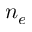
n _ { e }